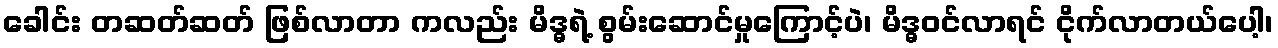
ခေါင်း တဆတ်ဆတ် ဖြစ်လာတာ ကလည်း မိဒ္ဓရဲ့ စွမ်းဆောင်မှုကြောင့်ပဲ၊ မိဒ္ဓဝင်လာရင် ငိုက်လာတယ်ပေါ့၊